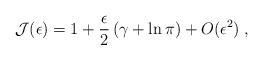
LaTeX: \begin{align*}{\mathcal J}(\epsilon)= 1 + \frac{\epsilon}{2} \left( \gamma + \ln \pi \right)+ O(\epsilon^{2} )\; ,\end{align*}